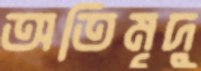
অতিমৃদু